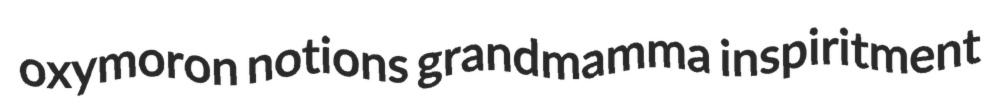
oxymoron notions grandmamma inspiritment